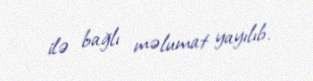
ilə bağlı məlumat yayılıb.